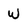
Character: W